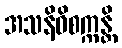
အသနိဝိစက္ကန္တိ